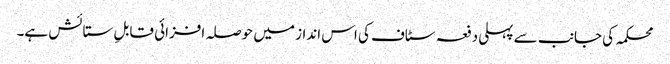
محکمہ کی جانب سے پہلی دفعہ سٹاف کی اس انداز میں حوصلہ افزائی قابلِ ستائش ہے۔